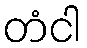
တံငါ